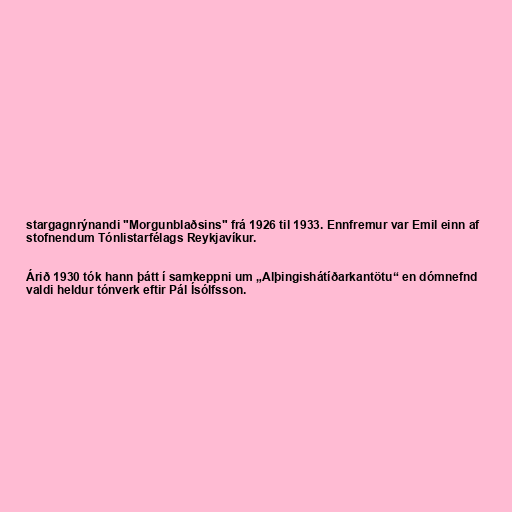
stargagnrýnandi "Morgunblaðsins" frá 1926 til 1933. Ennfremur var Emil einn af
stofnendum Tónlistarfélags Reykjavíkur.

Árið 1930 tók hann þátt í samkeppni um „Alþingishátíðarkantötu“ en dómnefnd
valdi heldur tónverk eftir Pál Ísólfsson.